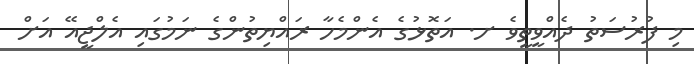
މި ފުރުސަތު ދެއްވީތީވެ ށ. އަތޮޅުގެ އެންމެހާ ރައްޔިތުންގެ ނަމުގައި އެލްޖީއޭ އަށް